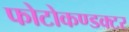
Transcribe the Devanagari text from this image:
फोटोकण्डक्टर